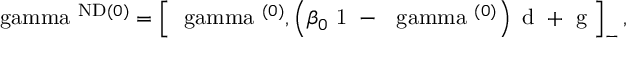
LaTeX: \mathrm { \boldmath { ~ \ g a m m a ~ } } ^ { \mathrm { N D } ( 0 ) } = \left[ \mathrm { \boldmath { ~ \ g a m m a ~ } } ^ { ( 0 ) } , \left( \beta _ { 0 } \mathrm { \boldmath { ~ 1 ~ } } - \mathrm { \boldmath { ~ \ g a m m a ~ } } ^ { ( 0 ) } \right) \mathrm { \boldmath { ~ d ~ } } + \mathrm { \boldmath { ~ g ~ } } \right] _ { - } ,